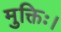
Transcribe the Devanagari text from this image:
मुक्तिः।